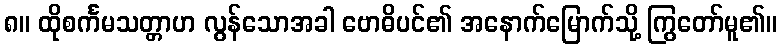
၈။ ထိုစင်္ကမသတ္တာဟ လွန်သောအခါ ဗောဓိပင်၏ အနောက်မြောက်သို့ ကြွတော်မူ၏။